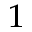
^ { 1 }